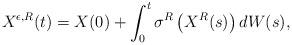
LaTeX: \begin{align*}X^{\epsilon, R}(t)=X(0)+\int_0^t\sigma^{R}\left(X^{R}(s)\right)dW(s),\end{align*}